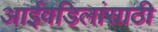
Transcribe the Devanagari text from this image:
आईवडिलांसाठी